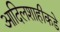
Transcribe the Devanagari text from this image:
आदिलशाहीकडे